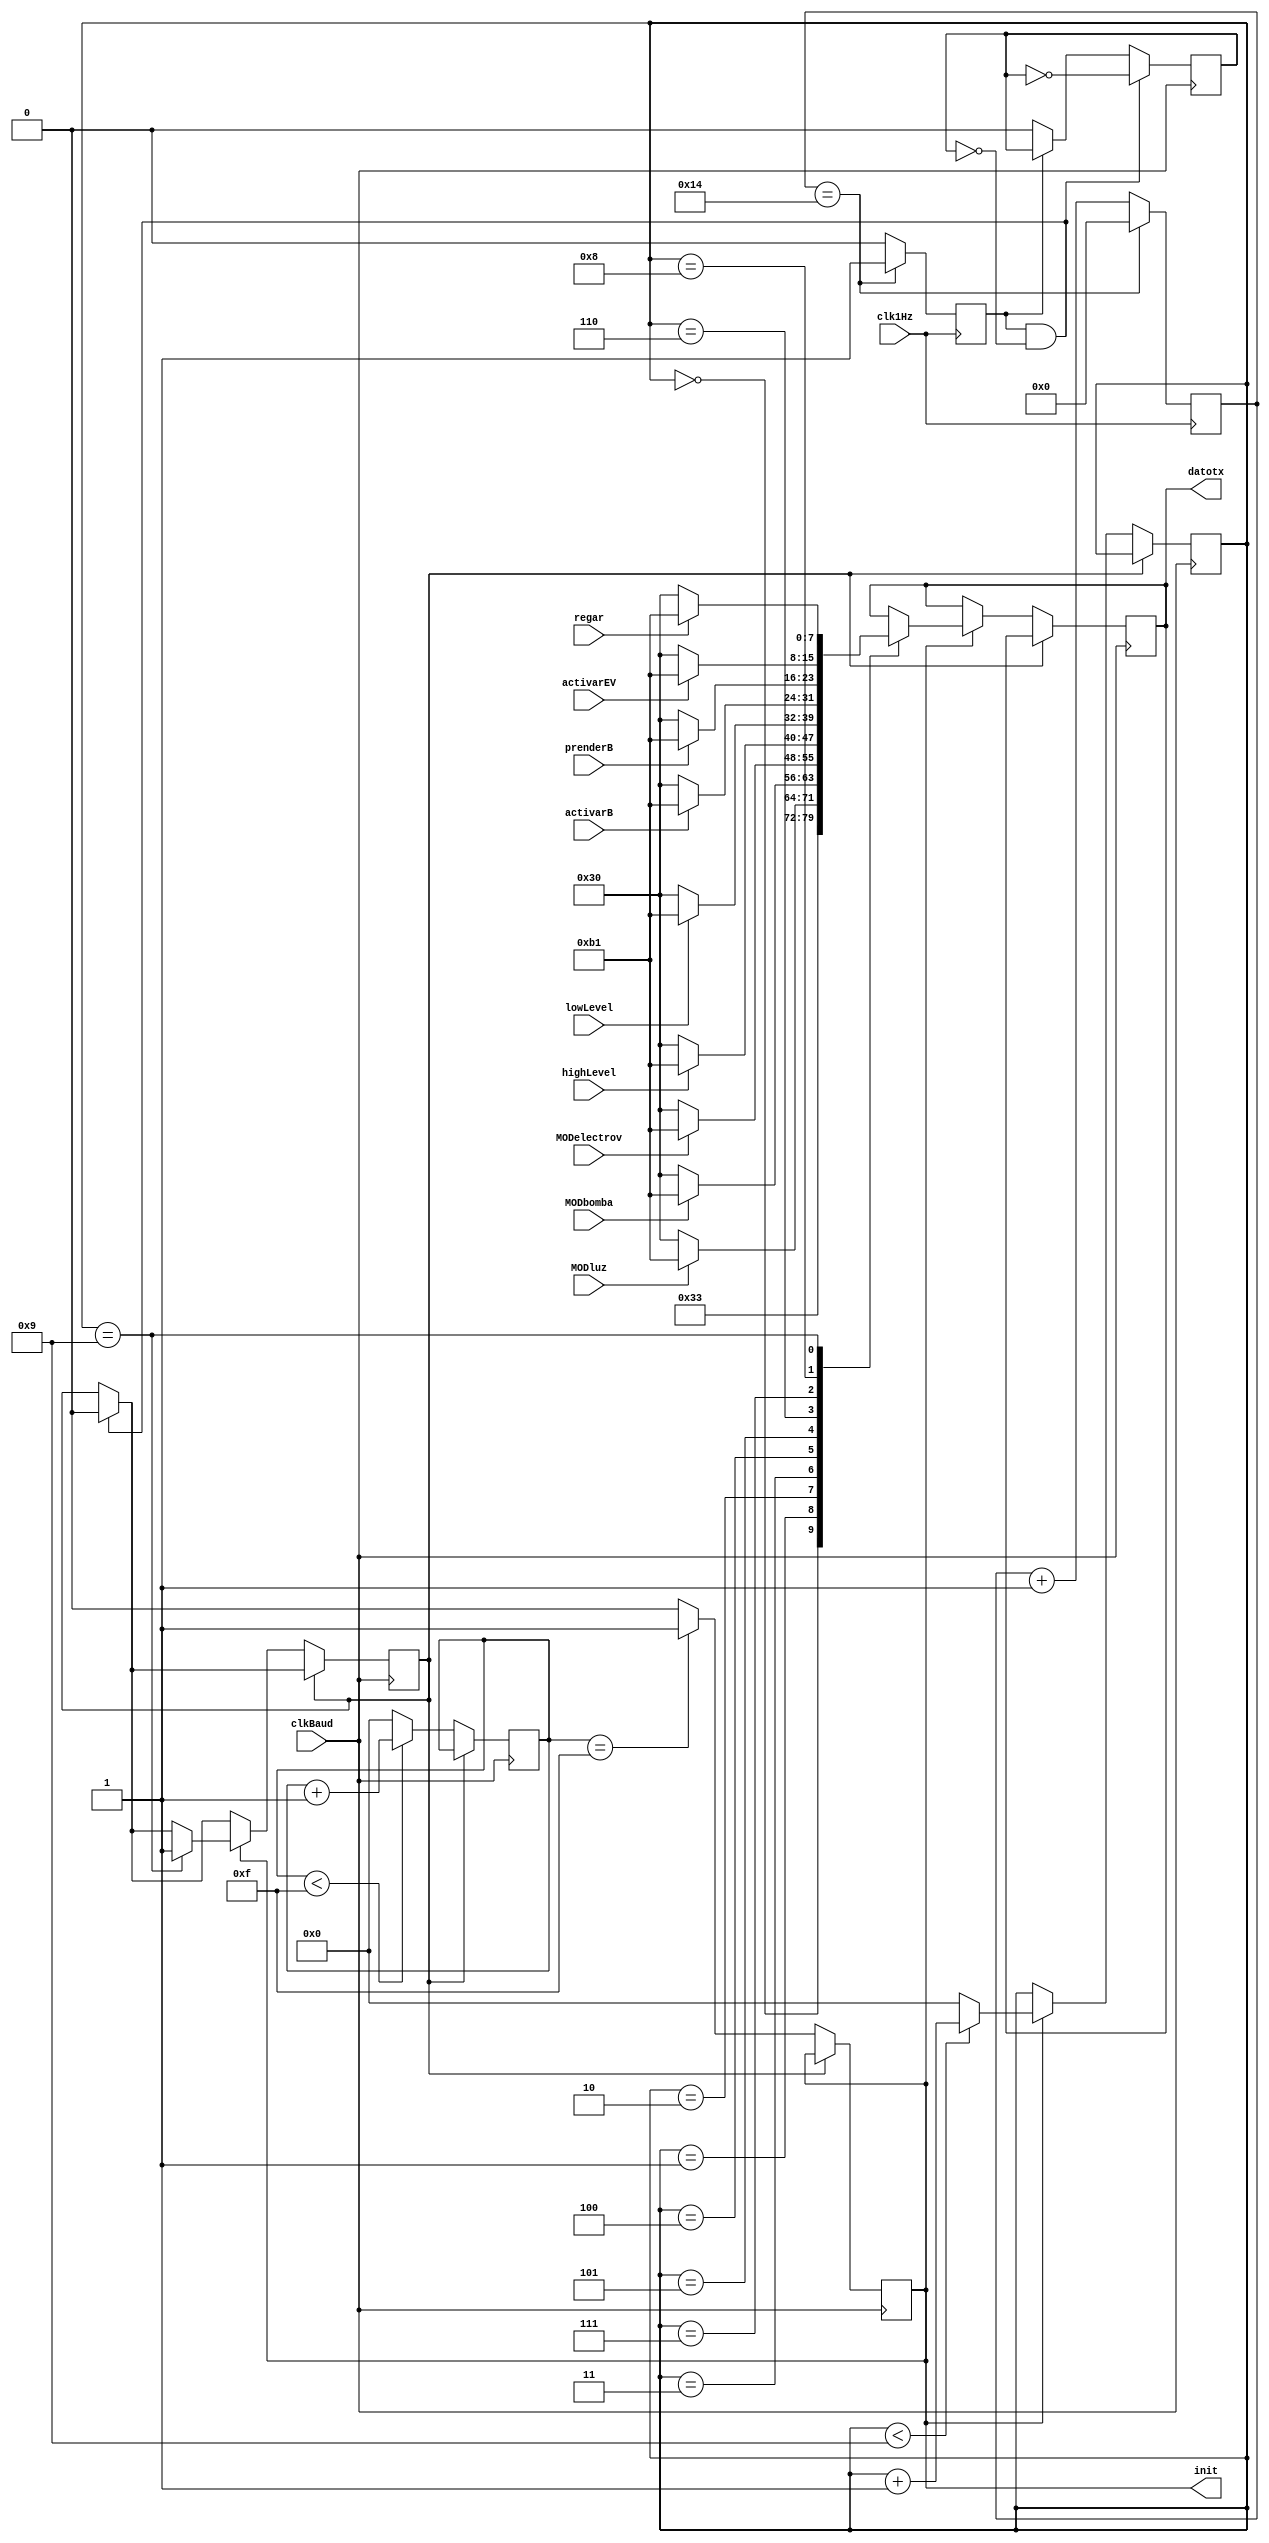
module codificador(clkBaud, clk1Hz, MODluz, MODbomba, MODelectrov, highLevel, lowLevel, activarB, prenderB, activarEV, regar, datotx, init);
	input wire clkBaud;
	input wire clk1Hz;
	input wire MODluz;
	input wire MODbomba;
	input wire MODelectrov;
	input wire highLevel;
	input wire lowLevel;
	input wire activarB;
	input wire prenderB;
	input wire activarEV;
	input wire regar;
	output reg [7:0] datotx;
	output reg init;

	reg enviarPaquete;
	reg [3:0] enviarByte;
	
	reg [3:0] posPaquete;
	
	reg finPaquete;

	reg [5:0] clkcount; 									// Para enviar el paquete de datos cada 20 seg

	reg aux;


	initial begin
		datotx = 8'd0;
		init = 1'b0;
		enviarPaquete = 1'b0;
		enviarByte = 4'd0;
		posPaquete = 4'd0;
		finPaquete = 1'b0;
		clkcount = 1'b0;
		aux = 1'b0;
	end

	always @(posedge clk1Hz) begin
		if (clkcount == 5'd20) begin
			enviarPaquete <= 1'b1;
			clkcount <= 5'b0;
		end else begin
			clkcount <= clkcount + 5'b1;
			enviarPaquete <= 1'b0;
		end
	end

	always @(posedge clkBaud) begin
		if(!enviarPaquete) aux <= 1'b0;

		if(enviarPaquete && !aux) begin
			finPaquete <= 1'b0;
			aux <= ~aux;
		end

		if(!finPaquete) begin
			init <= (enviarByte == 4'd15) ? 1'b1 : 1'b0;
			if(init)begin
				case (posPaquete)
					4'b0000: datotx <= 8'b00110011; 													// Marca el inicio del paquete de bytes
					4'b0001: datotx <= (MODluz) ? 8'b10110001 : 8'b00110000;
					4'b0010: datotx <= (MODbomba) ? 8'b10110001 : 8'b00110000;
					4'b0011: datotx <= (MODelectrov) ? 8'b10110001 : 8'b00110000;
					4'b0100: datotx <= (highLevel) ? 8'b10110001 : 8'b00110000;
					4'b0101: datotx <= (lowLevel) ? 8'b10110001 : 8'b00110000;
					4'b0110: datotx <= (activarB) ? 8'b10110001 : 8'b00110000;
					4'b0111: datotx <= (prenderB) ? 8'b10110001 : 8'b00110000;
					4'b1000: datotx <= (activarEV) ? 8'b10110001 : 8'b00110000; 
					4'b1001: begin 
							datotx <= (regar) ? 8'b10110001 : 8'b00110000;
							finPaquete <= 1'b1;
						 end
					default: ;
				endcase 
				posPaquete <= (posPaquete < 4'd9) ? posPaquete + 4'd1 : 4'd0;
			end
			enviarByte <= (enviarByte < 4'd15) ? enviarByte + 4'd1 : 4'd0;
		end
	end

endmodule